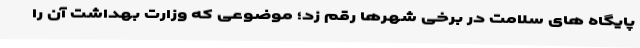
پایگاه های سلامت در برخی شهرها رقم زد؛ موضوعی که وزارت بهداشت آن را